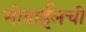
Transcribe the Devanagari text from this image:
मोबाईलची